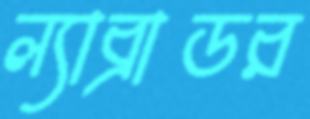
ল্যাব্রাডর